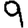
Digit: 9